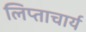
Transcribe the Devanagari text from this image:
लिप्ताचार्य